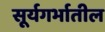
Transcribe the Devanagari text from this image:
सूर्यगर्भातील